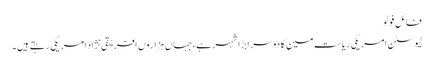
فائل فوٹو
لیوسٹن امریکی ریاستِ مین کا دوسرا بڑا شہر ہے، جہاں ہزاروں افریقی نژاد امریکی رہتے ہیں۔